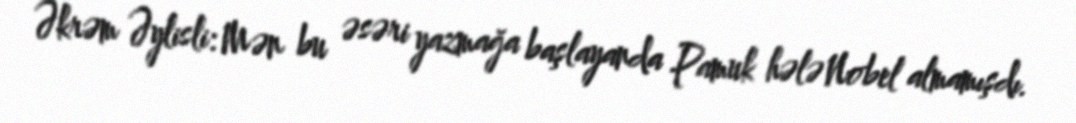
Əkrəm Əylisli: Mən bu əsəri yazmağa başlayanda Pamuk hələ Nobel almamışdı.